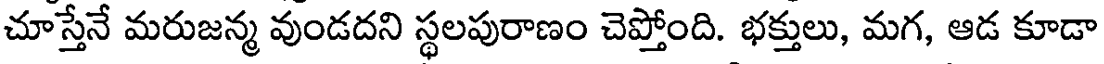
చూస్తేనే మరుజన్మ వుండదని స్థలపురాణం చెప్తోంది. భక్తులు, మగ, ఆడ కూడా